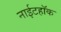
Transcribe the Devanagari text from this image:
नाईटहॉक